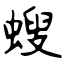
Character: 螋